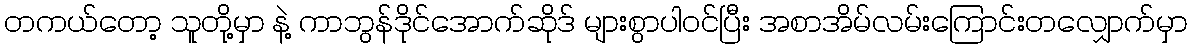
တကယ်တော့ သူတို့မှာ နဲ့ ကာဘွန်ဒိုင်အောက်ဆိုဒ် များစွာပါဝင်ပြီး အစာအိမ်လမ်းကြောင်းတလျှောက်မှာ